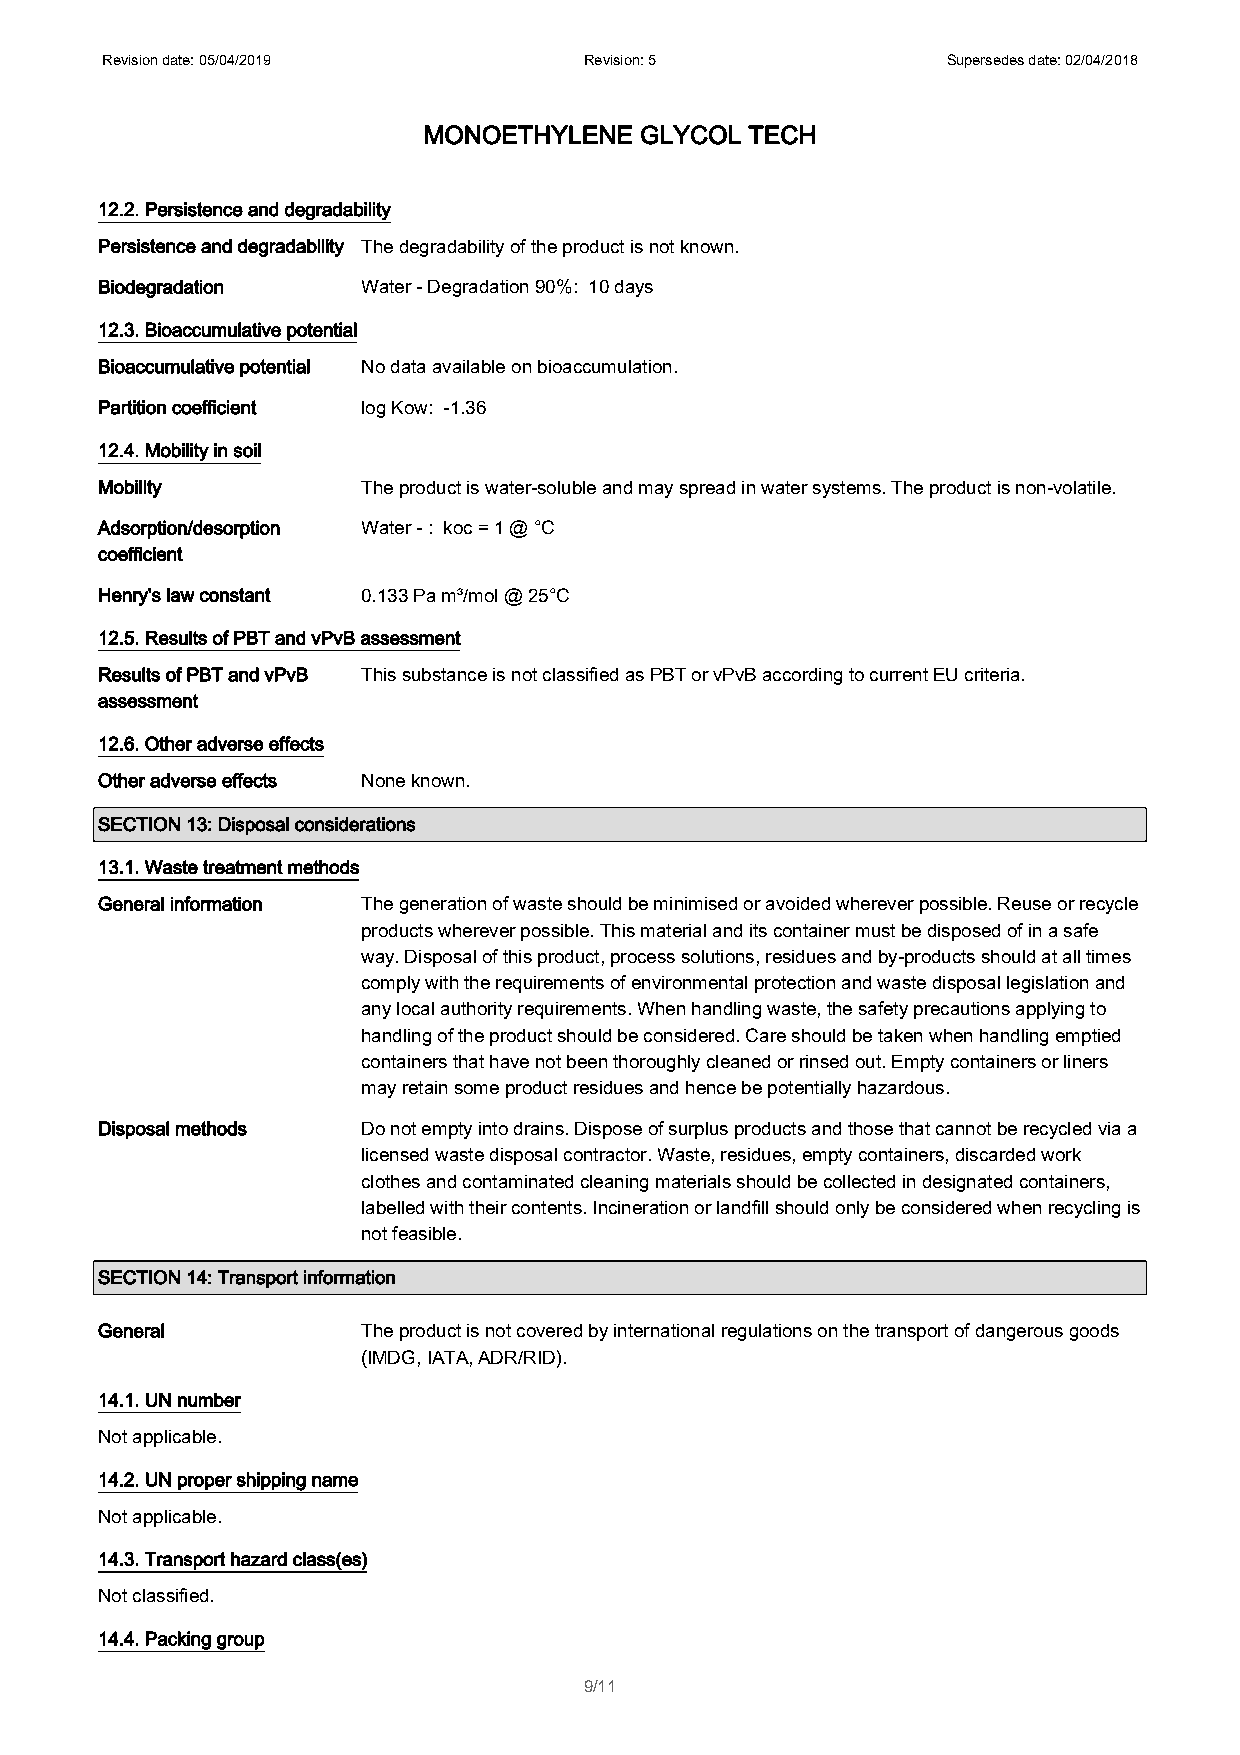
Revision date: 05/04/2019       Revision: 5             Supersedes date: 02/04/2018
 MONOETHYLENE  GLYCOL  TECH
 12.2. Persistence and degradability
 Persistence and degradability The degradability of the product is not known.
 Biodegradation    Water - Degradation 90%: 10 days
 12.3. Bioaccumulative potential
 Bioaccumulative potential No data available on bioaccumulation.
 Partition coefficient log Kow: -1.36
 12.4. Mobility in soil
 Mobility          The product is water-soluble and may spread in water systems. The product is non-volatile.
 Adsorption/desorption Water - : koc = 1 @ °C
 coefficient
 Henry's law constant 0.133 Pa m³/mol @ 25°C
 12.5. Results of PBT and vPvB assessment
 Results of PBT and vPvB This substance is not classified as PBT or vPvB according to current EU criteria.
 assessment
 12.6. Other adverse effects
 Other adverse effects None known.
 SECTION 13: Disposal considerations
 13.1. Waste treatment methods
 General information The generation of waste should be minimised or avoided wherever possible. Reuse or recycle
 products wherever possible. This material and its container must be disposed of in a safe
 way. Disposal of this product, process solutions, residues and by-products should at all times
 comply with the requirements of environmental protection and waste disposal legislation and
 any local authority requirements. When handling waste, the safety precautions applying to
 handling of the product should be considered. Care should be taken when handling emptied
 containers that have not been thoroughly cleaned or rinsed out. Empty containers or liners
 may retain some product residues and hence be potentially hazardous.
 Disposal methods  Do not empty into drains. Dispose of surplus products and those that cannot be recycled via a
 licensed waste disposal contractor. Waste, residues, empty containers, discarded work
 clothes and contaminated cleaning materials should be collected in designated containers,
 labelled with their contents. Incineration or landfill should only be considered when recycling is
 not feasible.
 SECTION 14: Transport information
 General           The product is not covered by international regulations on the transport of dangerous goods
 (IMDG, IATA, ADR/RID).
 14.1. UN number
 Not applicable.
 14.2. UN proper shipping name
 Not applicable.
 14.3. Transport hazard class(es)
 Not classified.
 14.4. Packing group
 9/11